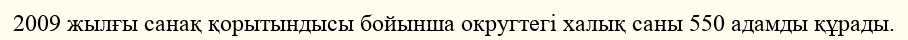
2009 жылғы санақ қорытындысы бойынша округтегі халық саны 550 адамды құрады.